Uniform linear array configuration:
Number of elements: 48
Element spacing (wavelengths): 0.75
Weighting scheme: uniform
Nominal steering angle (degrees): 30
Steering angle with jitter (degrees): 31.082
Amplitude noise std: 0.05
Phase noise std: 0.05

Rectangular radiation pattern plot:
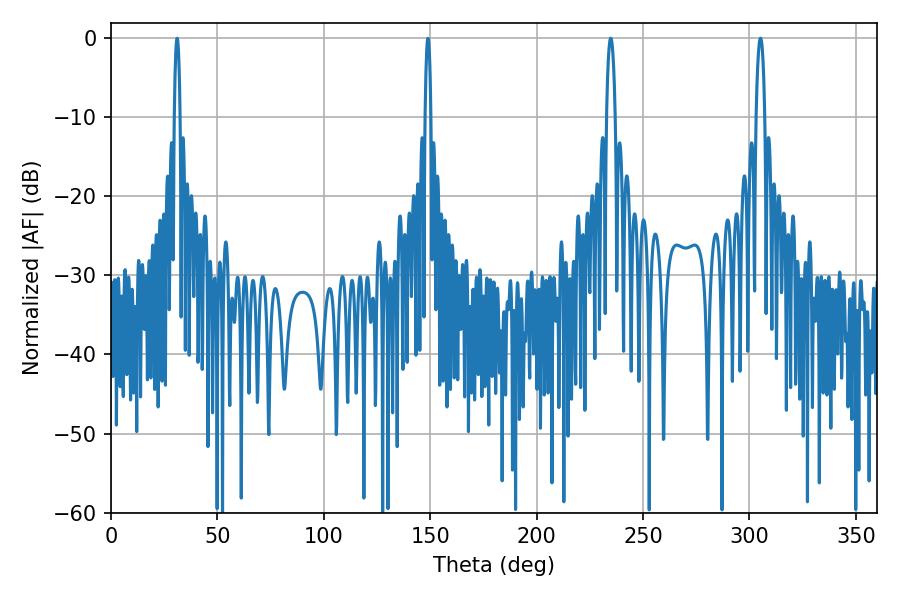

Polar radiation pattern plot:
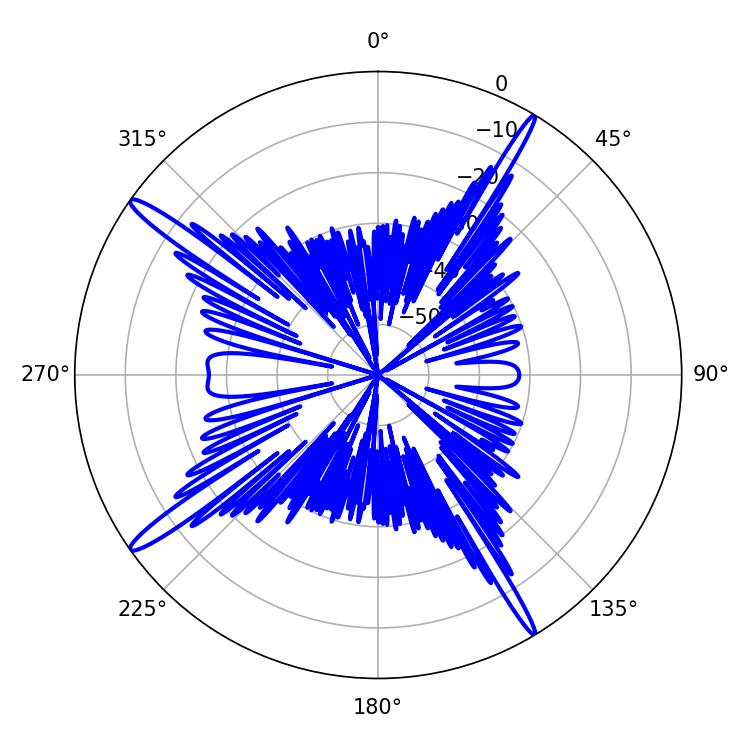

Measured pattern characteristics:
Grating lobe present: TRUE
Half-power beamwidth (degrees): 2.34
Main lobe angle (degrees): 234.9